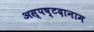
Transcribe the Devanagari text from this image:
अस्पष्टदानाम